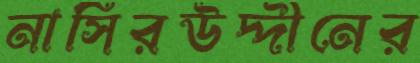
নাসিরউদ্দীনের